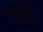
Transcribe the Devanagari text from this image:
एतैः